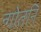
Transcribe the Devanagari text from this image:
न्गोतनि